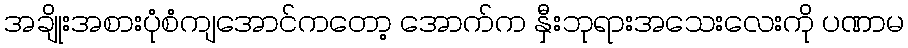
အချိုးအစားပုံစံကျအောင်ကတော့ အောက်က နှီးဘုရားအသေးလေးကို ပဏာမ